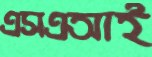
এসএআই